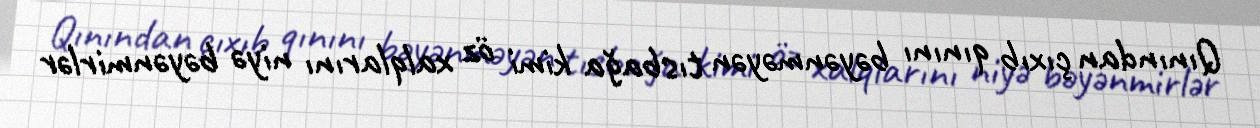
Qınından çıxıb qınını bəyənməyən tısbağa kimi öz xalqlarını niyə bəyənmirlər